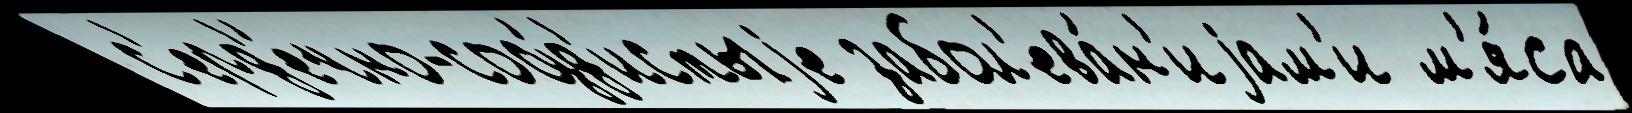
 с'ерд'е́чно-сосу́д'истыjе забол'ева́н'иjам'и м'я́са